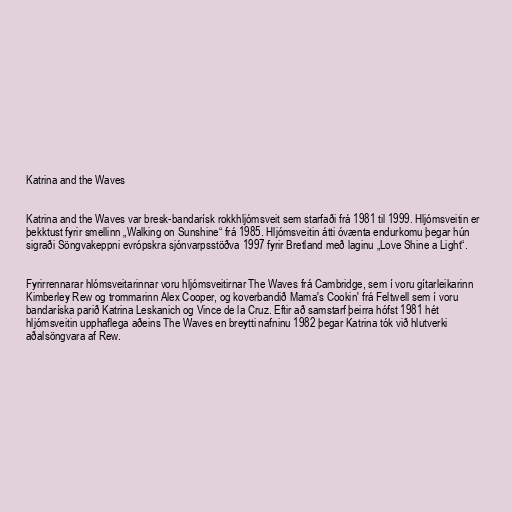
Katrina and the Waves

Katrina and the Waves var bresk-bandarísk rokkhljómsveit sem starfaði frá 1981 til 1999. Hljómsveitin er
þekktust fyrir smellinn „Walking on Sunshine“ frá 1985. Hljómsveitin átti óvænta endurkomu þegar hún
sigraði Söngvakeppni evrópskra sjónvarpsstöðva 1997 fyrir Bretland með laginu „Love Shine a Light“.

Fyrirrennarar hlómsveitarinnar voru hljómsveitirnar The Waves frá Cambridge, sem í voru gítarleikarinn
Kimberley Rew og trommarinn Alex Cooper, og koverbandið Mama's Cookin' frá Feltwell sem í voru
bandaríska parið Katrina Leskanich og Vince de la Cruz. Eftir að samstarf þeirra hófst 1981 hét
hljómsveitin upphaflega aðeins The Waves en breytti nafninu 1982 þegar Katrina tók við hlutverki
aðalsöngvara af Rew.